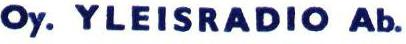
Oy. YLEISRADIO Ab.